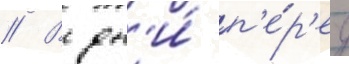
// В дн'и́ п'е́р'ед